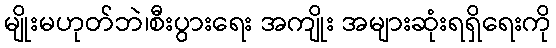
မျိုးမဟုတ်ဘဲ၊စီးပွားရေး အကျိုး အများဆုံးရရှိရေးကို